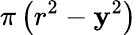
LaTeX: \pi\left(r^{2}-\mathbf{y}^{2}\right)